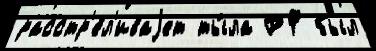
расстр'е́л'иваjет ты́ла РФ был